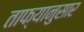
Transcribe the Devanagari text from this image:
ताफ्यानुसार